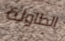
الطاولة